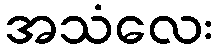
အသံလေး